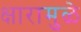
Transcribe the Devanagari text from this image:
क्षारामुळे